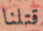
قتلنا